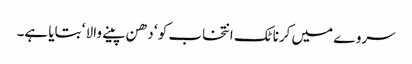
سروے میں کرناٹک انتخاب کو ‘ دھن پینے والا ‘ بتایا ہے۔